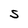
Character: S